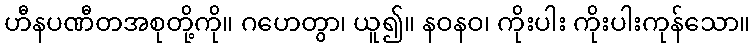
ဟီနပဏီတအစုတို့ကို။ ဂဟေတွာ၊ ယူ၍။ နဝနဝ၊ ကိုးပါး ကိုးပါးကုန်သော။